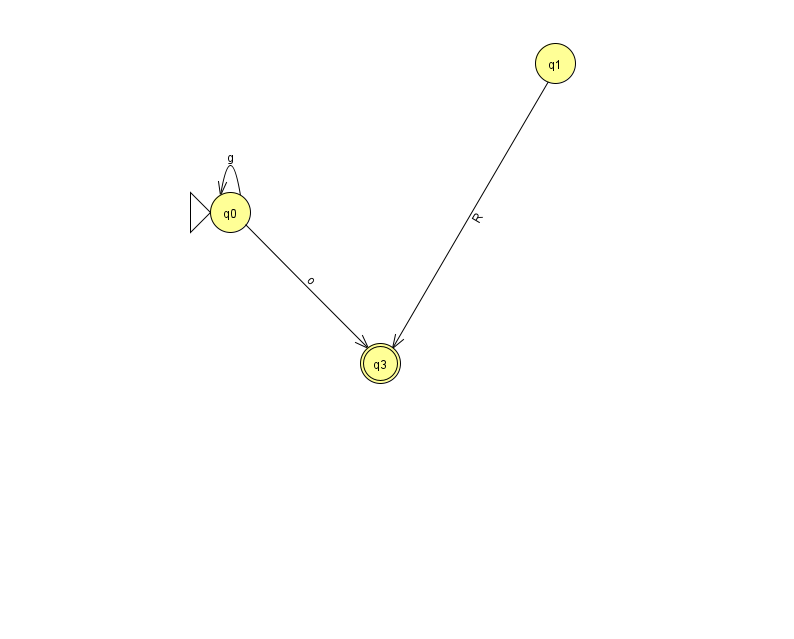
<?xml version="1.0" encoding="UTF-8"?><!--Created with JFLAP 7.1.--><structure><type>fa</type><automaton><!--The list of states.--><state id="0" name="q0"><x>230.0</x><y>199.0</y><initial/></state><state id="1" name="q1"><x>555.0</x><y>50.0</y></state><state id="3" name="q3"><x>380.0</x><y>350.0</y><final/></state><!--The list of transitions.--><transition><from>0</from><to>0</to><read>g</read></transition><transition><from>0</from><to>3</to><read>o</read></transition><transition><from>1</from><to>3</to><read>R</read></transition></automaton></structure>